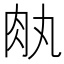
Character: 𦘾